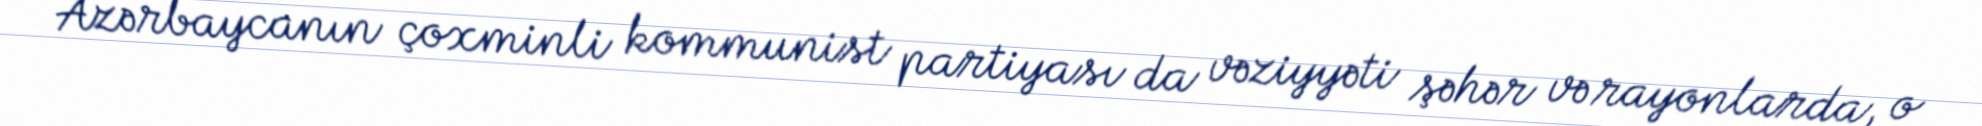
Azərbaycanın çoxminli kommunist partiyası da vəziyyəti şəhər və rayonlarda, o